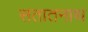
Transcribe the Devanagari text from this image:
सतातनाथ